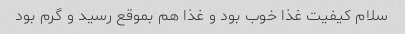
سلام کیفیت غذا خوب بود و غذا هم بموقع رسید و گرم بود